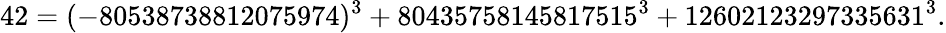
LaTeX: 42=(-80538738812075974)^{3}+80435758145817515^{3}+12602123297335631^{3}.